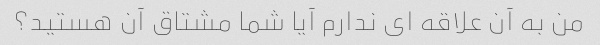
من به آن علاقه ای ندارم آیا شما مشتاق آن هستید؟